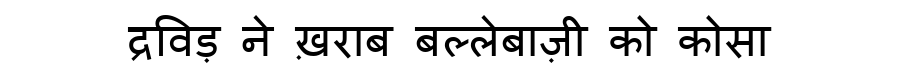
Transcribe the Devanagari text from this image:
द्रविड़ ने ख़राब बल्लेबाज़ी को कोसा